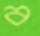
ব